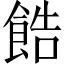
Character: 𫗓